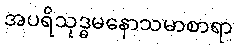
အပရိသုဒ္ဓမနောသမာစာရာ